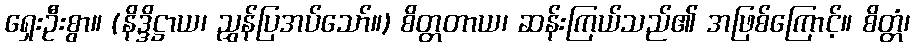
ရှေးဦးစွာ။ (နိဒ္ဒိဋ္ဌာယ၊ ညွှန်ပြအပ်သော်။) စိတ္တတာယ၊ ဆန်းကြယ်သည်၏ အဖြစ်ကြောင့်။ စိတ္တံ၊